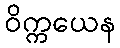
ဝိက္ကယေန